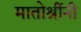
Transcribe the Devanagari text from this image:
मातोश्रींनी